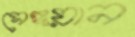
সেঙ্গয়ান